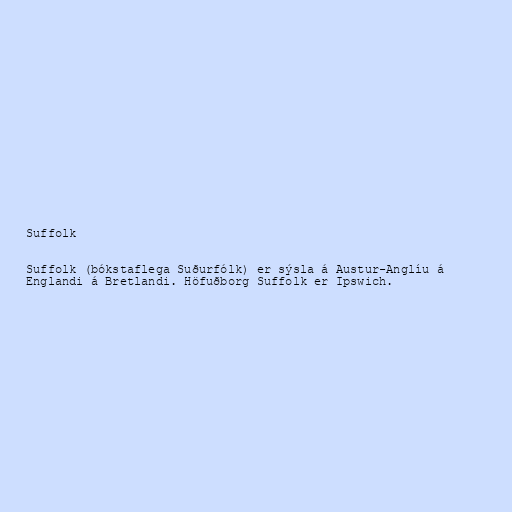
Suffolk

Suffolk (bókstaflega Suðurfólk) er sýsla á Austur-Anglíu á
Englandi á Bretlandi. Höfuðborg Suffolk er Ipswich.